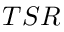
T S R